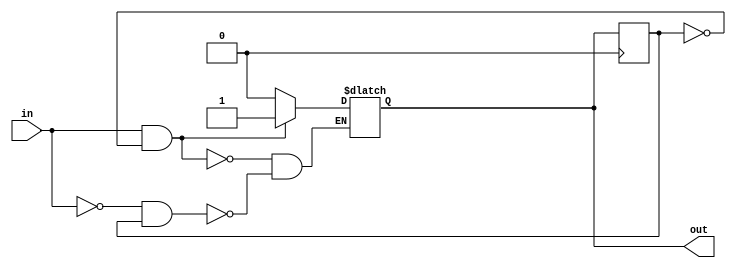
module schmitt_trigger_buffer (
  input wire in,
  output reg out
);

reg prev_out;

always @ (in)
begin
  if (in && !prev_out)
    out <= 1;
  else if (!in && prev_out)
    out <= 0;
end

always @ (posedge clk)
begin
  prev_out = out;
end

endmodule